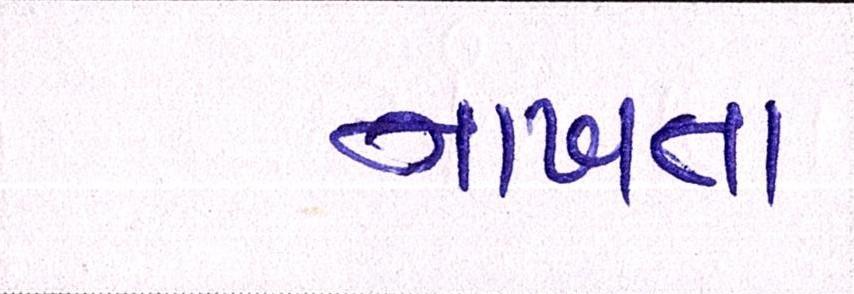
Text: નાખતા